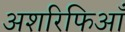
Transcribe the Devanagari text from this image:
अशरिफिआँ